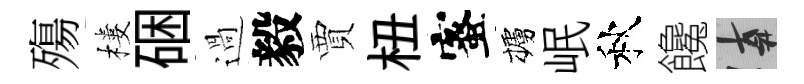
殤樓硱過毅賈杻蜜櫨岷秋饞遲